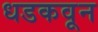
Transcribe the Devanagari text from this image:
धडकवून